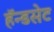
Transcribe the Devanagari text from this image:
हॅन्डसेट